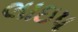
લાઇપ